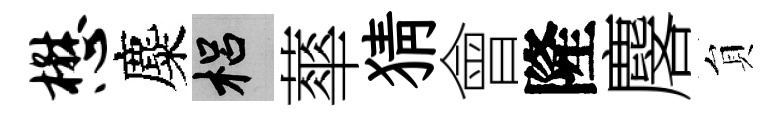
懋麋梠蕐猜會隆麐貟